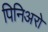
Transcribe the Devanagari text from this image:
पिनिअरो